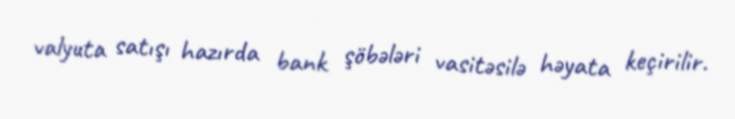
valyuta satışı hazırda bank şöbələri vasitəsilə həyata keçirilir.